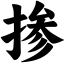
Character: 掺